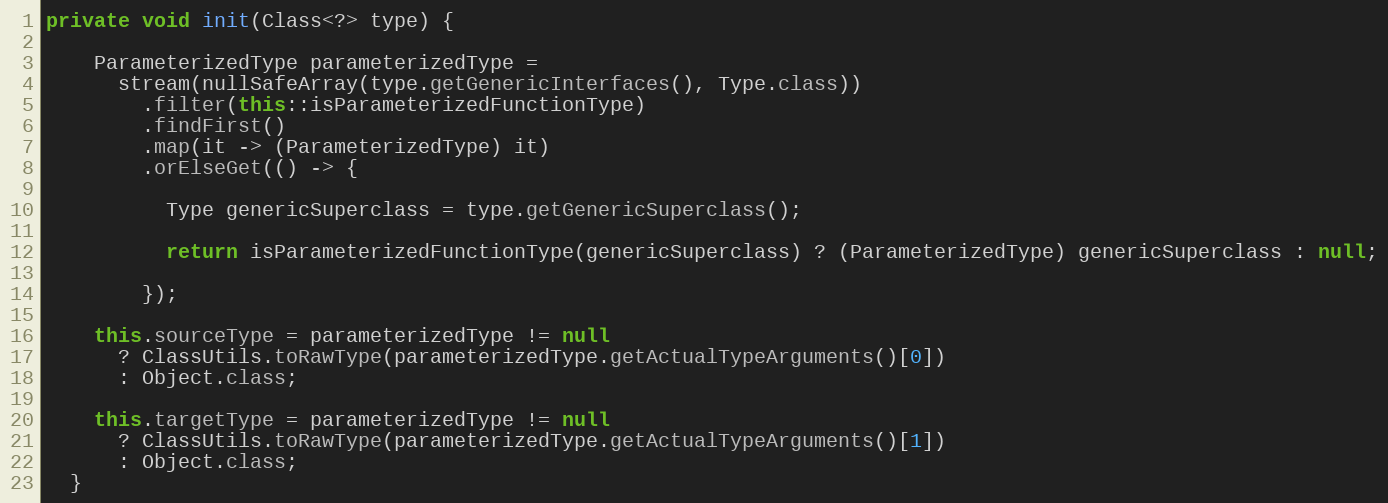
Language: Java
private void init(Class<?> type) {

    ParameterizedType parameterizedType =
      stream(nullSafeArray(type.getGenericInterfaces(), Type.class))
        .filter(this::isParameterizedFunctionType)
        .findFirst()
        .map(it -> (ParameterizedType) it)
        .orElseGet(() -> {

          Type genericSuperclass = type.getGenericSuperclass();

          return isParameterizedFunctionType(genericSuperclass) ? (ParameterizedType) genericSuperclass : null;

        });

    this.sourceType = parameterizedType != null
      ? ClassUtils.toRawType(parameterizedType.getActualTypeArguments()[0])
      : Object.class;

    this.targetType = parameterizedType != null
      ? ClassUtils.toRawType(parameterizedType.getActualTypeArguments()[1])
      : Object.class;
  }